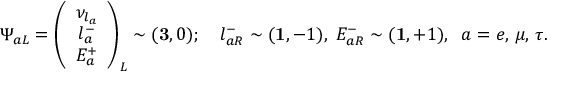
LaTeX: \Psi _ { a L } = \left( \begin{array} { c } { { \nu _ { l _ { a } } } } \\ { { l _ { a } ^ { - } } } \\ { { E _ { a } ^ { + } } } \end{array} \right) _ { L } \sim ( { \bf 3 } , 0 ) ; \quad l _ { a R } ^ { - } \sim ( { \bf 1 } , - 1 ) , \; E _ { a R } ^ { - } \sim ( { \bf 1 } , + 1 ) , \; \; a = e , \, \mu , \, \tau .